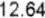
12.64